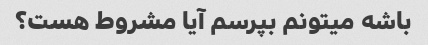
باشه میتونم بپرسم آیا مشروط هست؟